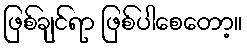
ဖြစ်ချင်ရာ ဖြစ်ပါစေတော့။